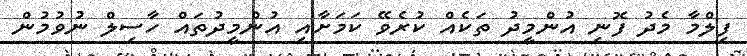
ފިލްމާ މެދު ފޮނި އުންމީދު ތަކެއް ކުރެވޭ ކަމަށާއި އުންމީދުތައް ހާސިލް ނުވުމުން